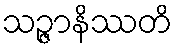
သဉ္ဇာနိဿတိ